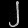
Digit: ၂